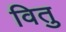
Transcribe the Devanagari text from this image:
वितु